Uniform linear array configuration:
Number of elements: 64
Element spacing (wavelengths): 0.5
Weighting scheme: blackman
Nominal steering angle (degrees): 15
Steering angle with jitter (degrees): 13.396
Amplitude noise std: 0.05
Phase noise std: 0.05

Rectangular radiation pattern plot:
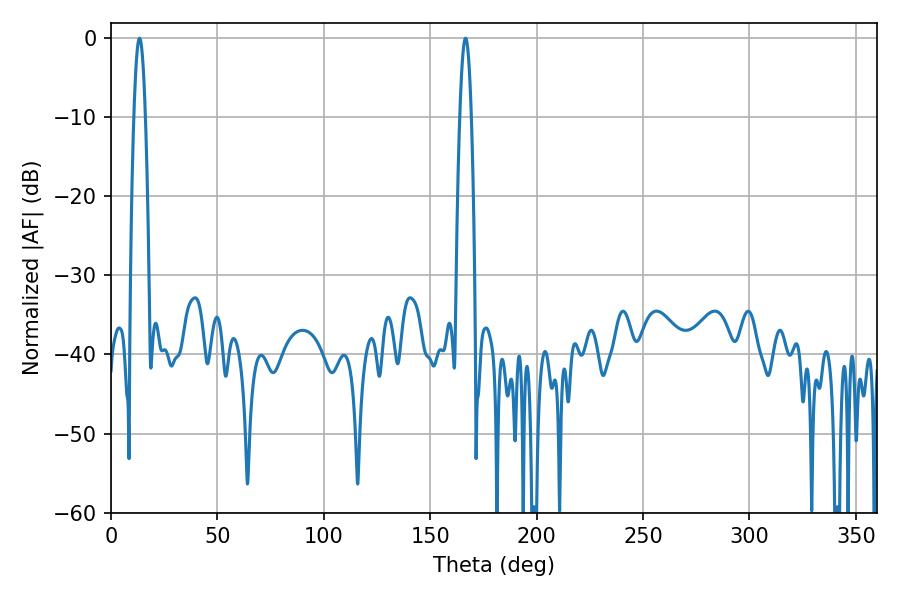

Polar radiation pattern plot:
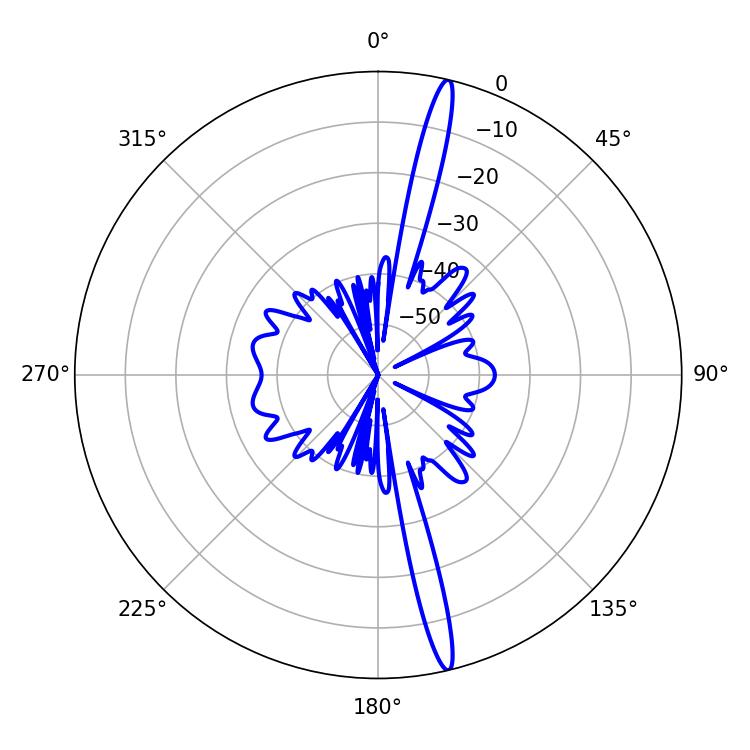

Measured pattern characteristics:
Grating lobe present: FALSE
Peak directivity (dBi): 18.833
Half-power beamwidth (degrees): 3.06
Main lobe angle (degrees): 13.32